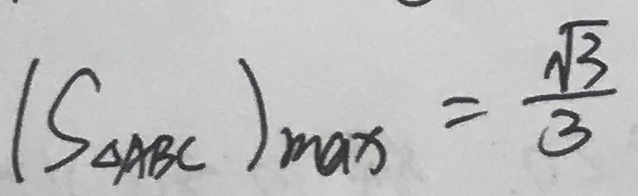
( S _ { \Delta A B C } ) _ { \max } = \frac { \sqrt { 3 } } { 3 }